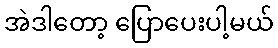
အဲဒါတော့ ပြောပေးပါ့မယ်